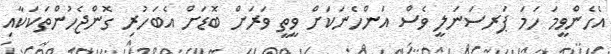
އެހެންވީމަ ހަމަ ޕަރސަނަލީ ވެސް އަންހެނަކަށް ވީތީ ވަރަށް ބޮޑަށް އެބަހުރި ގޮންޖެހުންތަކަކާއި